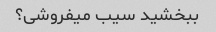
ببخشید سیب میفروشی؟